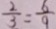
\frac { 2 } { 3 } = \frac { 6 } { 9 }